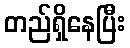
တည်ရှိနေပြီး